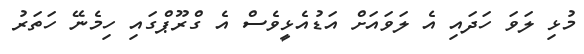
މުޅި ލަވަ ހަދައި އެ ލަވައަށް އަޑުއެޅީވެސް އެ ގްރޫޕްގައި ހިމެނޭ ހަތަރު